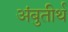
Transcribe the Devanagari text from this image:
अंबुतीर्थ